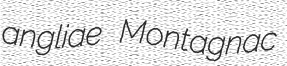
angliae Montagnac